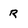
Character: r